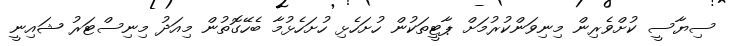
ސިޔާސީ ކުށްވެރިން މިނިވަންކުރުމަށް ޕާޓީތަކުން ހުށަހެޅި ހުށަހެޅުމާ ބެހޭގޮތުން މިއަދު މިނިސްޓަރު ޝައިނީ